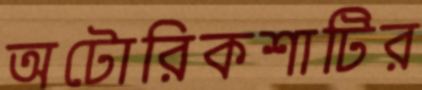
অটোরিকশাটির